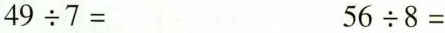
$$49\div7=$$ $$56\div8=$$